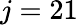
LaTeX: j=21